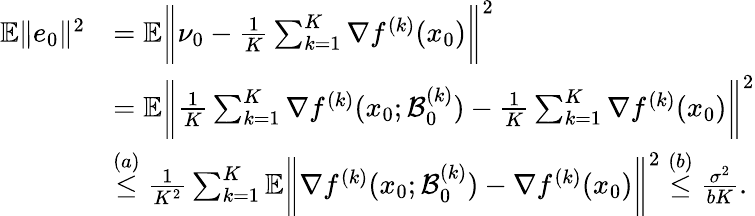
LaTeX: \begin{array}{rl}{\mathbb{E}\| e_{0}\| ^{2}}&{=\mathbb{E}\bigg\| \nu_{0}-\frac{1}{K}\sum_{k=1}^{K}\nabla f^{(k)}(x_{0})\bigg\| ^{2}}\\ &{=\mathbb{E}\bigg\| \frac{1}{K}\sum_{k=1}^{K}\nabla f^{(k)}(x_{0};\mathcal{B}_{0}^{(k)})-\frac{1}{K}\sum_{k=1}^{K}\nabla f^{(k)}(x_{0})\bigg\| ^{2}}\\ &{\overset{(a)}{\leq}\frac{1}{K^{2}}\sum_{k=1}^{K}\mathbb{E}\bigg\| \nabla f^{(k)}(x_{0};\mathcal{B}_{0}^{(k)})-\nabla f^{(k)}(x_{0})\bigg\| ^{2}\overset{(b)}{\leq}\frac{\sigma^{2}}{bK}.}\end{array}